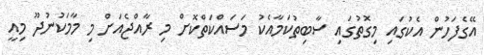
އޭގެފަހުން އެކުގައި މިގޮތުގައި ސާބިތުކަމާއެކު މަސައްކަތްކޮށް މި ރާއްޖެއަށް މި މާމަކުނުދޫ މިއީ